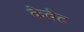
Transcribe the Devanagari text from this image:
केवेट